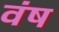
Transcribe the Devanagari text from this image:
वंष